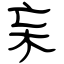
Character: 杗